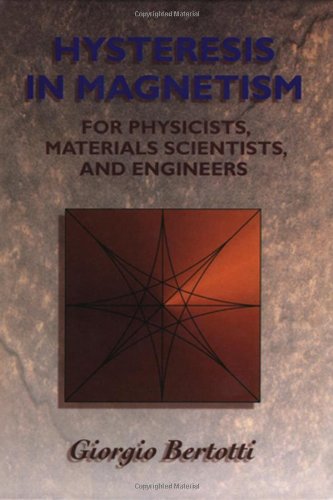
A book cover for Hysteresis in Magnetism: For Physicists, Materials Scientists, and Engineers (Electromagnetism); Giorgio Bertotti; Science & Math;